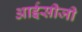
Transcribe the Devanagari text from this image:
आईसीजी